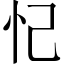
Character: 忋